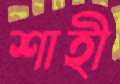
শাহী